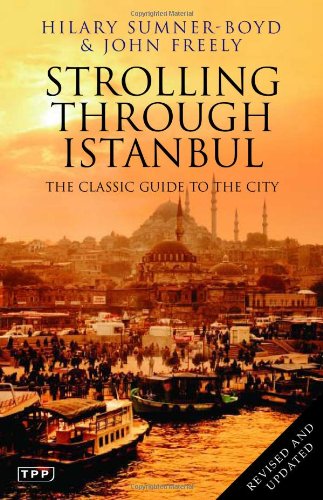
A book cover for Strolling Through Istanbul: The Classic Guide to the City (Tauris Parke Paperbacks); Hilary Sumner-Boyd; Travel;